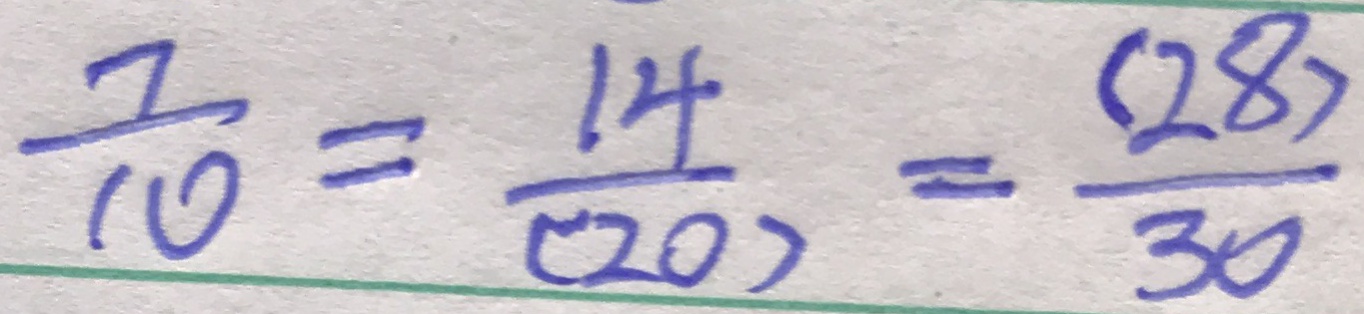
\frac { 7 } { 1 0 } = \frac { 1 4 } { ( 2 0 ) } = \frac { ( 2 8 ) } { 3 0 }